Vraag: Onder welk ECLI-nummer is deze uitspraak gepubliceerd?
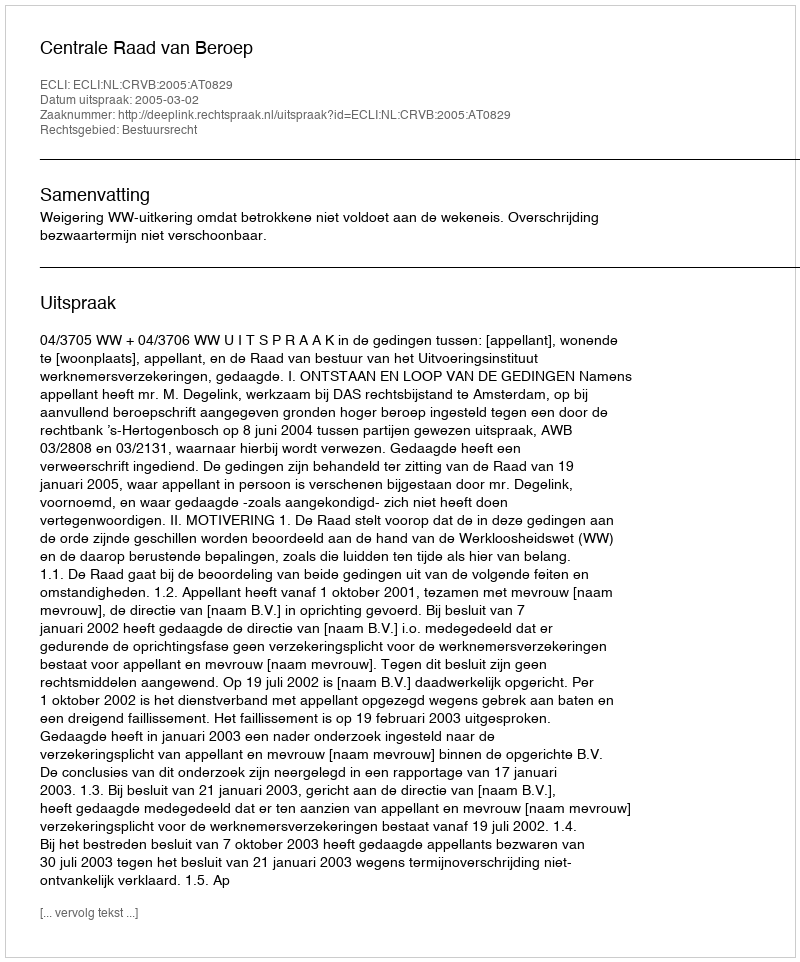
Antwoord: ECLI:NL:CRVB:2005:AT0829